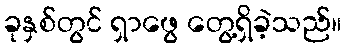
ခုနှစ်တွင် ရှာဖွေ တွေ့ရှိခဲ့သည်။